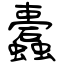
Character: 蠹